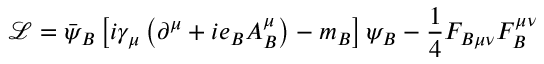
{ \mathcal { L } } = { \bar { \psi } } _ { B } \left[ i \gamma _ { \mu } \left( \partial ^ { \mu } + i e _ { B } A _ { B } ^ { \mu } \right) - m _ { B } \right] \psi _ { B } - { \frac { 1 } { 4 } } F _ { B \mu \nu } F _ { B } ^ { \mu \nu }